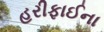
હરીફાઈના